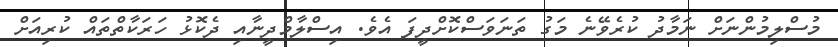
މުސްލިމުންނަށް ނަމާދު ކުރެވޭނެ މަގު ތަނަވަސްކޮށްދީފަ އެވެ. އިސްލާމްދީނާއި ދެކޮޅު ހަރަކާތްތައް ކުރިއަށް